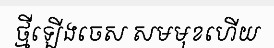
ថ្មីឡើងចេស សមមុខហើយ